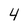
Character: 4